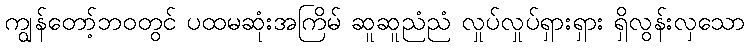
ကျွန်တော့်ဘဝတွင် ပထမဆုံးအကြိမ် ဆူဆူညံညံ လှုပ်လှုပ်ရှားရှား ရှိလွန်းလှသော